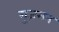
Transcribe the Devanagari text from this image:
गुज़मन